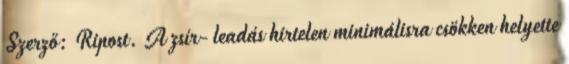
Szerző: Ripost. A zsír- leadás hirtelen minimálisra csökken helyette